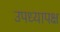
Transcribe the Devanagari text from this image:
उपध्यापक्ष